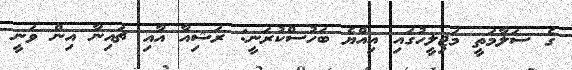
ގެ ސަލާމަތީ މަޖިލީހުގައި އިއްޔެ ބަހުސްކުރަނީ: ރަޝިއާ އާއި ޗައިނާ އިން ވަނީ